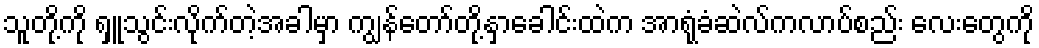
သူတို့ကို ရှူသွင်းလိုက်တဲ့အခါမှာ ကျွန်တော်တို့နှာခေါင်းထဲက အာရုံခံဆဲလ်ကလာပ်စည်း လေးတွေကို